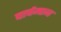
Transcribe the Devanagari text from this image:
पार्चमान